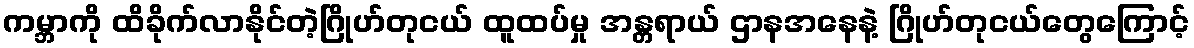
ကမ္ဘာကို ထိခိုက်လာနိုင်တဲ့ဂြိုဟ်တုငယ် ထူထပ်မှု အန္တရာယ် ဌာနအနေနဲ့ ဂြိုဟ်တုငယ်တွေကြောင့်